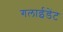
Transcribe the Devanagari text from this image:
गलाईडेंट